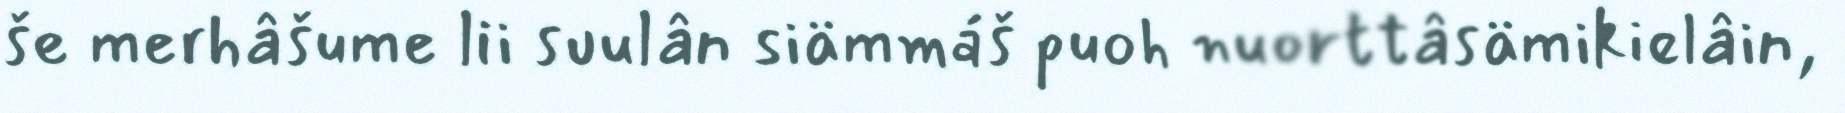
še merhâšume lii suulân siämmáš puoh nuorttâsämikielâin,